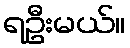
ရဦးမယ်။